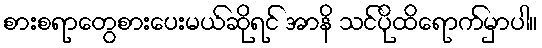
စားစရာတွေစားပေးမယ်ဆိုရင် အာနိ သင်ပိုထိရောက်မှာပါ။